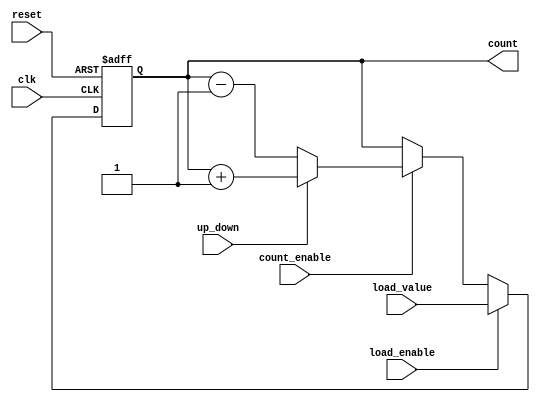
module async_load_counter (
    input wire clk,                 // Clock signal
    input wire reset,               // Asynchronous reset signal
    input wire load_enable,         // Load enable signal
    input wire count_enable,        // Count enable signal
    input wire up_down,             // Up/Down control signal (1 for up, 0 for down)
    input wire [N-1:0] load_value,  // Value to load into the counter
    output reg [N-1:0] count        // Current count value
);
    parameter N = 4; // Define the width of the counter

    // Asynchronous Reset
    always @(posedge clk or posedge reset) begin
        if (reset) begin
            count <= 0; // Reset the counter to 0
        end else if (load_enable) begin
            count <= load_value; // Load the new value asynchronously
        end else if (count_enable) begin
            if (up_down) begin
                count <= count + 1; // Increment the counter
            end else begin
                count <= count - 1; // Decrement the counter
            end
        end
    end

endmodule